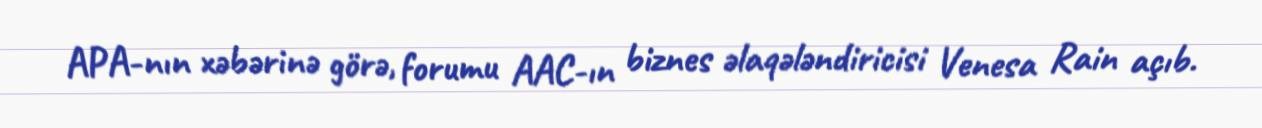
APA-nın xəbərinə görə, forumu AAC-ın biznes əlaqələndiricisi Venesa Rain açıb.